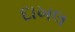
દાખલ